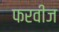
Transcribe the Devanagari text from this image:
फरवीज